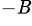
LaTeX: ^{-\mathit{B}}